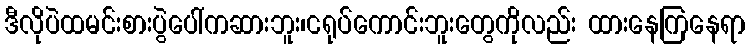
ဒီလိုပဲထမင်းစားပွဲပေါ်ကဆားဘူး၊ငရုပ်ကောင်းဘူးတွေကိုလည်း ထားနေကြနေရာ